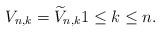
LaTeX: \begin{align*}{V}_{n,k} \stackrel{}{=} \widetilde{V}_{n,k} 1 \leq k \leq n.\end{align*}